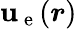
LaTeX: \boldsymbol{\mathbf{u}}_{\mathrm{{~e~}}}(\boldsymbol{r})